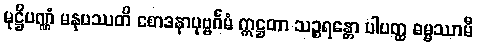
မုဋ္ဌိပဏ္ဏံ မနုပဿတိ စောဒနာပုဗ္ဗင်္ဂမံ ဣဋ္ဌတာ သဉ္စရန္တော ပါပတ္ထ ဓမ္မဿာမီ